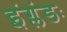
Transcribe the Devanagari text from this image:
इंग्लंडः